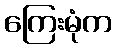
ကြေးမုံက